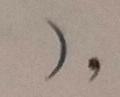
) ,